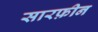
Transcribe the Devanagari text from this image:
सारफ़ीन